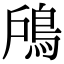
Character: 𩿇